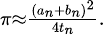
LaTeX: \scriptstyle\pi\approx{\frac{(a_{n}+b_{n})^{2}}{4t_{n}}}.